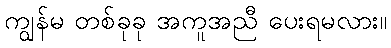
ကျွန်မ တစ်ခုခု အကူအညီ ပေးရမလား။